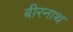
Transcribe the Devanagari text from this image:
बीरनाथ